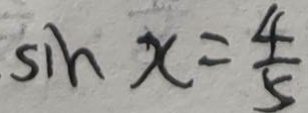
\sin x = \frac { 4 } { 5 }